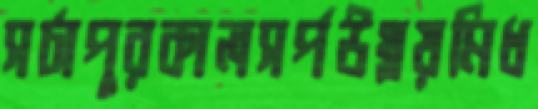
সর্চাপুরকালসর্পউথ্‌লয়মিধ